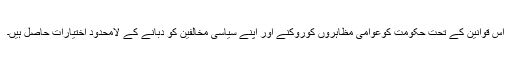
اس قوانین کے تحت حکومت کوعوامی مظاہروں کوروکنے اور اپنے سیاسی مخالفین کو دبانے کے لامحدود اختیارات حاصل ہیں۔